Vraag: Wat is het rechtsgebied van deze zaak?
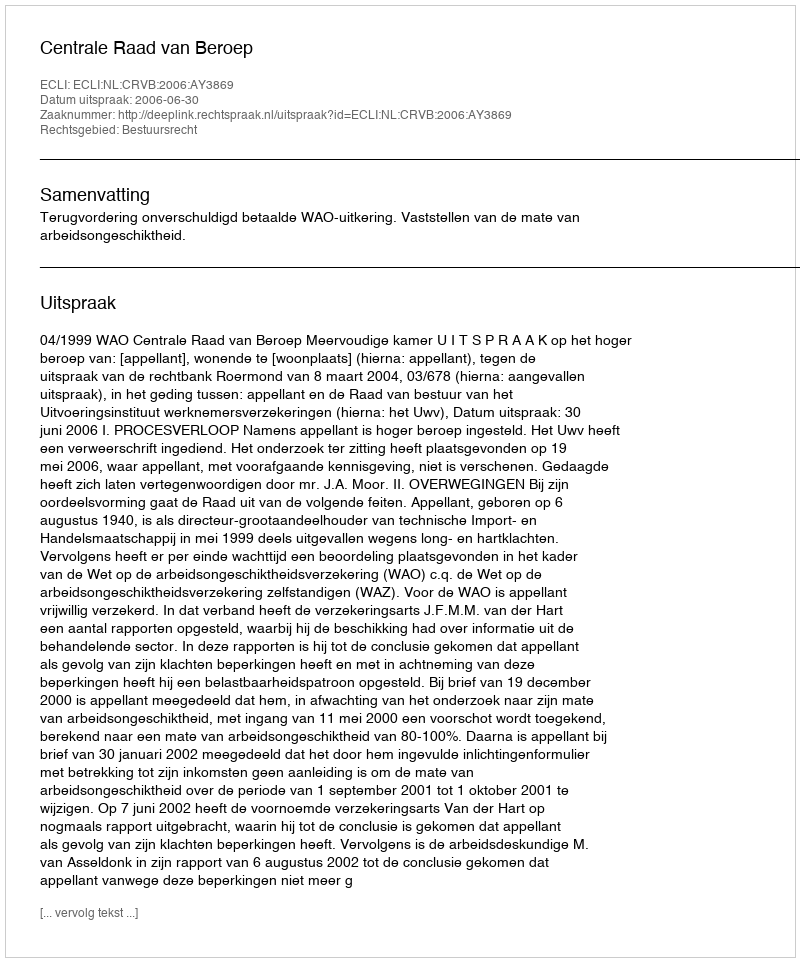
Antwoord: Bestuursrecht